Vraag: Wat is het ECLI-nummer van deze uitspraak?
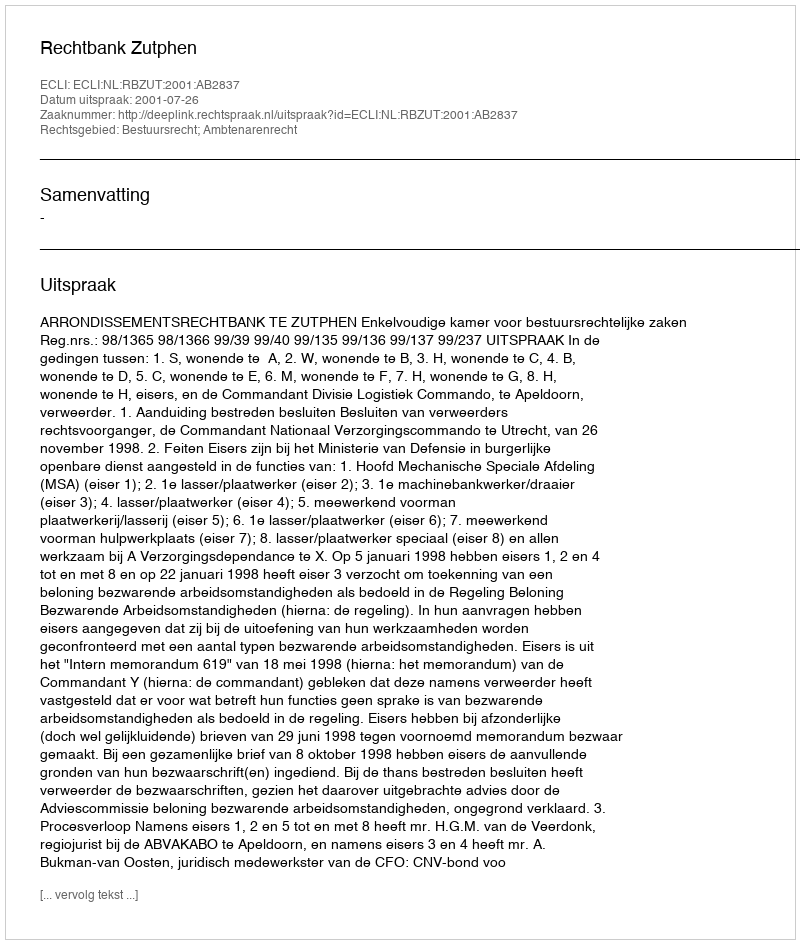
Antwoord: ECLI:NL:RBZUT:2001:AB2837